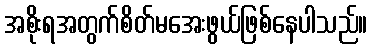
အစိုးရအတွက်စိတ်မအေးဖွယ်ဖြစ်နေပါသည်။